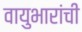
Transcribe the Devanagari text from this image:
वायुभारांची